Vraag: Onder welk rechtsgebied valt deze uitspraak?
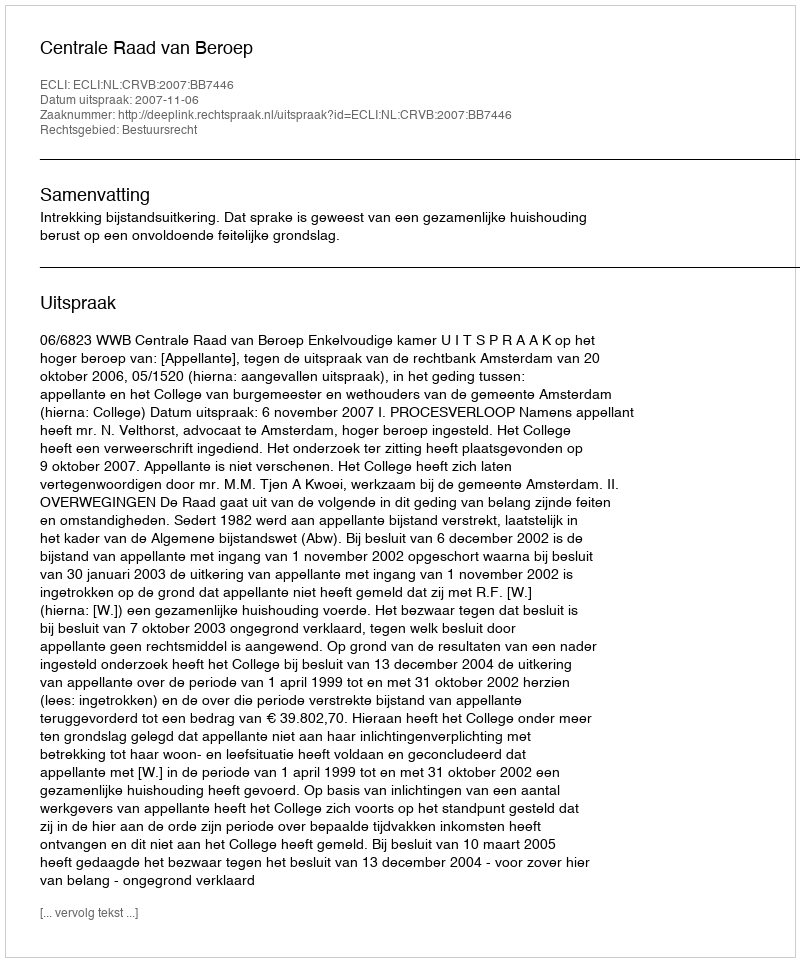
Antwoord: Bestuursrecht